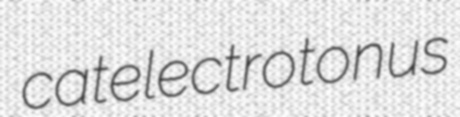
catelectrotonus